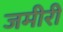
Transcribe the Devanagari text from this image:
जमीरी